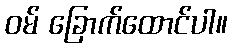
ဝမ် ခြောက်ထောင်ပါ။